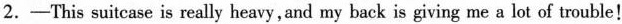
2.—This suitcase is really heavy,and my back is giving me a lot of trouble!